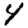
Digit: 4